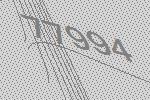
77994